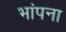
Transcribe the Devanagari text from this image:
भांपना